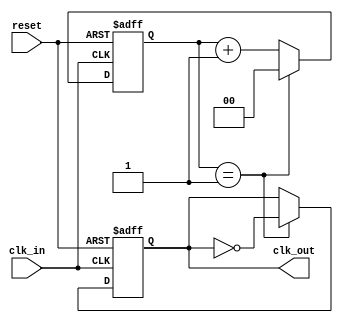
module frequency_synthesizer_clock_divider (
    input wire clk_in,
    input wire reset,
    output wire clk_out
);

// Parameters
parameter DIVIDER_FACTOR = 2; // Specify the factor by which to divide the input clock frequency

// Internal signals
reg [DIVIDER_FACTOR-1:0] counter;
reg clk_out_reg;

// Generate the divided output clock signal
always @(posedge clk_in or posedge reset) begin
    if (reset) begin
        counter <= 0;
        clk_out_reg <= 0;
    end else begin
        if (counter == DIVIDER_FACTOR - 1) begin
            counter <= 0;
            clk_out_reg <= ~clk_out_reg;
        end else begin
            counter <= counter + 1;
        end
    end
end

assign clk_out = clk_out_reg;

endmodule